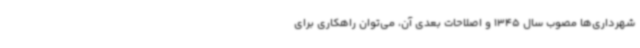
شهرداری‌ها مصوب سال 1345 و اصلاحات بعدی آن، می‌توان راهکاری برای